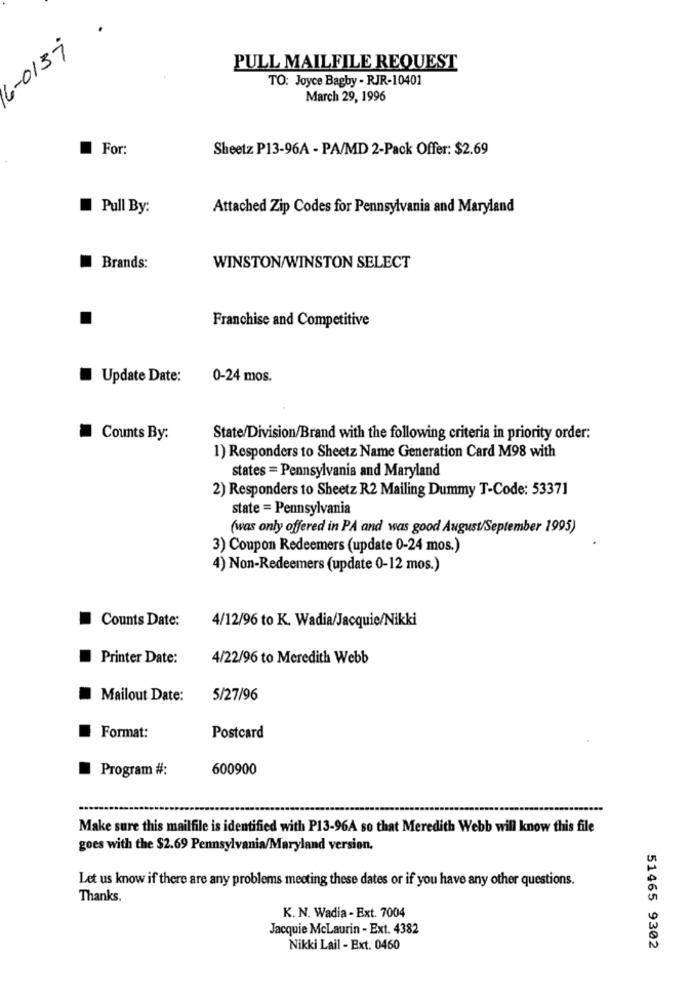
6-013-7
PULL MAILFILE REQUEST
TO: Joyce Bagby - RJR-10401
March 29, 1996
For:
Sheetz P13-96A - PA/MD 2-Pack Offer: $2.69
Pull By:
Attached Zip Codes for Pennsylvania and Maryland
Brands:
WINSTON/WINSTON SELECT
Franchise and Competitive
Update Date:
0-24 mos.
Counts By:
State/Division/Brand with the following criteria in priority order:
1) Responders to Sheetz Name Generation Card M98 with
states = Pennsylvania and Maryland
2) Responders to Sheetz R2 Mailing Dummy T-Code: 53371
state = Pennsylvania
(was only offered in PÅ and was good August/September 1995)
3) Coupon Redeemers (update 0-24 mos.)
4) Non-Redeemers (update 0-12 mos.)
Counts Date:
4/12/96 to K. Wadia/Jacquie/Nikki
.
Printer Date:
4/22/96 to Meredith Webb
Mailout Date:
5/27/96
Format:
Postcard
Program #:
600900
Make sure this mailfile is identified with P13-96A so that Meredith Webb will know this file
goes with the $2.69 Pennsylvania/Maryland version.
Let us know if there are any problems meeting these dates or if you have any other questions.
Thanks
K. N. Wadia - Ext. 7004
Jacquie McLaurin - Ext. 4382
Nikki Lail - Ext. 0460
51465 9302